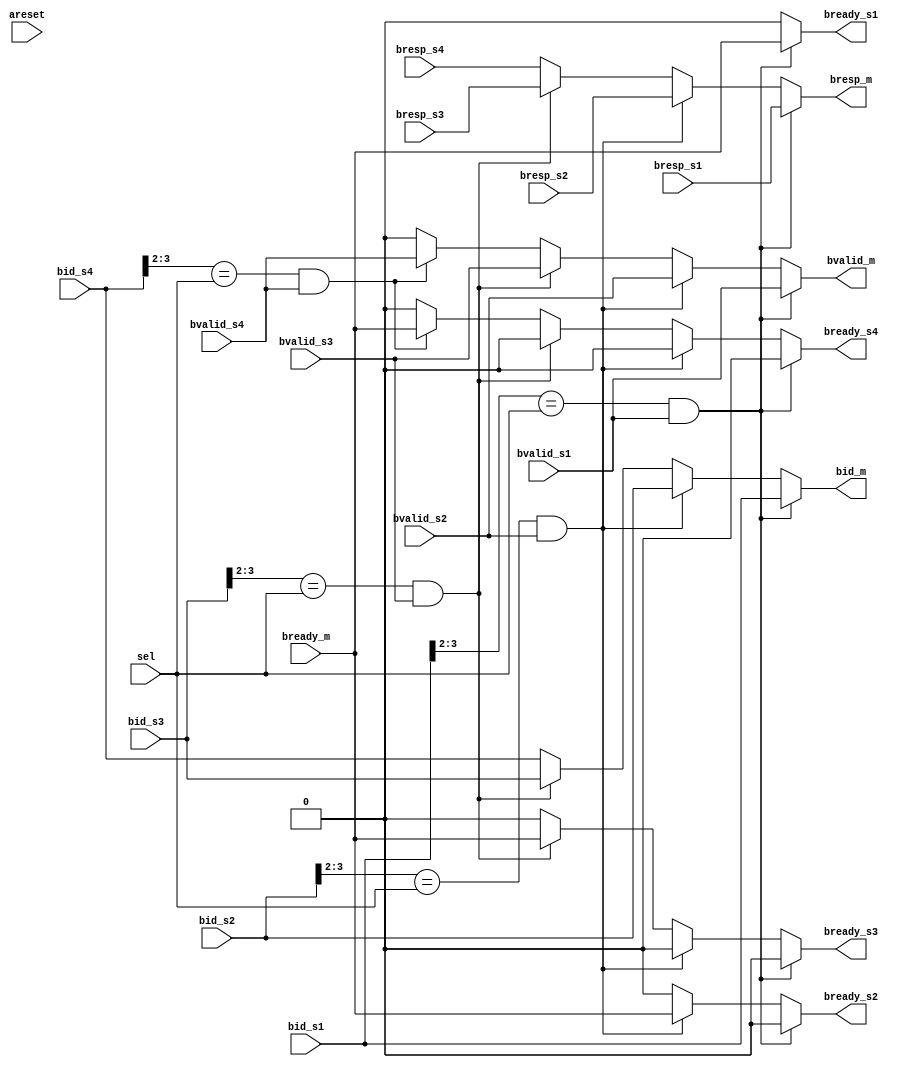
module wr_mux_s4(
input      areset,

// master
output  [3:0]  bid_m,
output  [1:0]  bresp_m,
output         bvalid_m,
input          bready_m,

// slave 1
input   [3:0]  bid_s1,
input   [1:0]  bresp_s1,
input          bvalid_s1,
output         bready_s1,

// slave 2
input   [3:0]  bid_s2,
input   [1:0]  bresp_s2,
input          bvalid_s2,
output         bready_s2,

// slave 3
input   [3:0]  bid_s3,
input   [1:0]  bresp_s3,
input          bvalid_s3,
output         bready_s3,

// slave 4
input   [3:0]  bid_s4,
input   [1:0]  bresp_s4,
input          bvalid_s4,
output         bready_s4,

// select
input   [1:0]  sel
);

// wresponse mux
assign bid_m     = ((bid_s1[3:2]==sel)&bvalid_s1) ? bid_s1[3:0] : ((bid_s2[3:2]==sel)&bvalid_s2) ? bid_s2[3:0] : ((bid_s3[3:2]==sel)&bvalid_s3) ? bid_s3[3:0] : bid_s4[3:0];
assign bvalid_m  = ((bid_s1[3:2]==sel)&bvalid_s1) ? bvalid_s1 : ((bid_s2[3:2]==sel)&bvalid_s2) ? bvalid_s2 : ((bid_s3[3:2]==sel)&bvalid_s3) ? bvalid_s3 : ((bid_s4[3:2]==sel)&bvalid_s4) ? bvalid_s4 : 1'b0;
assign bresp_m   = ((bid_s1[3:2]==sel)&bvalid_s1) ? bresp_s1 : ((bid_s2[3:2]==sel)&bvalid_s2) ? bresp_s2 : ((bid_s3[3:2]==sel)&bvalid_s3) ? bresp_s3 : bresp_s4 ;

assign bready_s1 = ((bid_s1[3:2]==sel)&bvalid_s1) ? bready_m : ((bid_s2[3:2]==sel)&bvalid_s2) ? 1'b0 : ((bid_s3[3:2]==sel)&bvalid_s3) ? 1'b0 : ((bid_s4[3:2]==sel)&bvalid_s4) ? 1'b0 : 1'b0;
assign bready_s2 = ((bid_s1[3:2]==sel)&bvalid_s1) ? 1'b0 : ((bid_s2[3:2]==sel)&bvalid_s2) ? bready_m : ((bid_s3[3:2]==sel)&bvalid_s3) ? 1'b0 : ((bid_s4[3:2]==sel)&bvalid_s4) ? 1'b0 : 1'b0;
assign bready_s3 = ((bid_s1[3:2]==sel)&bvalid_s1) ? 1'b0 : ((bid_s2[3:2]==sel)&bvalid_s2) ? 1'b0 : ((bid_s3[3:2]==sel)&bvalid_s3) ? bready_m : ((bid_s4[3:2]==sel)&bvalid_s4) ? 1'b0 : 1'b0;
assign bready_s4 = ((bid_s1[3:2]==sel)&bvalid_s1) ? 1'b0 : ((bid_s2[3:2]==sel)&bvalid_s2) ? 1'b0 : ((bid_s3[3:2]==sel)&bvalid_s3) ? 1'b0 : ((bid_s4[3:2]==sel)&bvalid_s4) ? bready_m : 1'b0;

endmodule